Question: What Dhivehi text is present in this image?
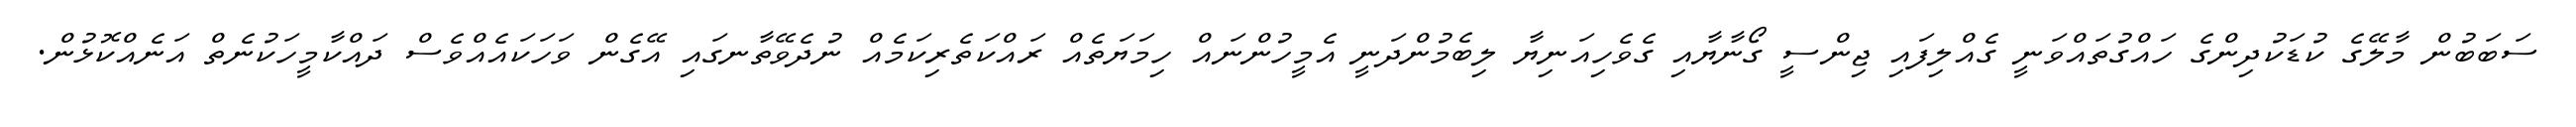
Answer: ސަބަބުން މާލޭގެ ކުޑަކުދިންގެ ހައްގުތައްވަނީ ގެއްލިފައި ޖިންސީ ގޯނާޔާއި ގެވެހިއަނިޔާ ލިބެމުންދަނީ އެމީހުންނައް ހިމަޔަތެއް ރައްކަތެރިކަމެއް ނުދެވޭތާނގައި އޭގެން ވަހަކައެއްވެސް ދައްކާމީހަކުނެތް އަނެއްކޮޅުން.